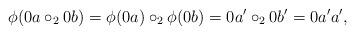
LaTeX: \begin{align*} \phi(0a \circ_2 0b) = \phi(0a) \circ_2 \phi(0b) = 0a' \circ_2 0b' = 0a'a', \end{align*}